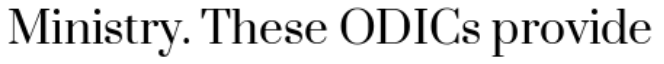
Ministry. These ODICs provide